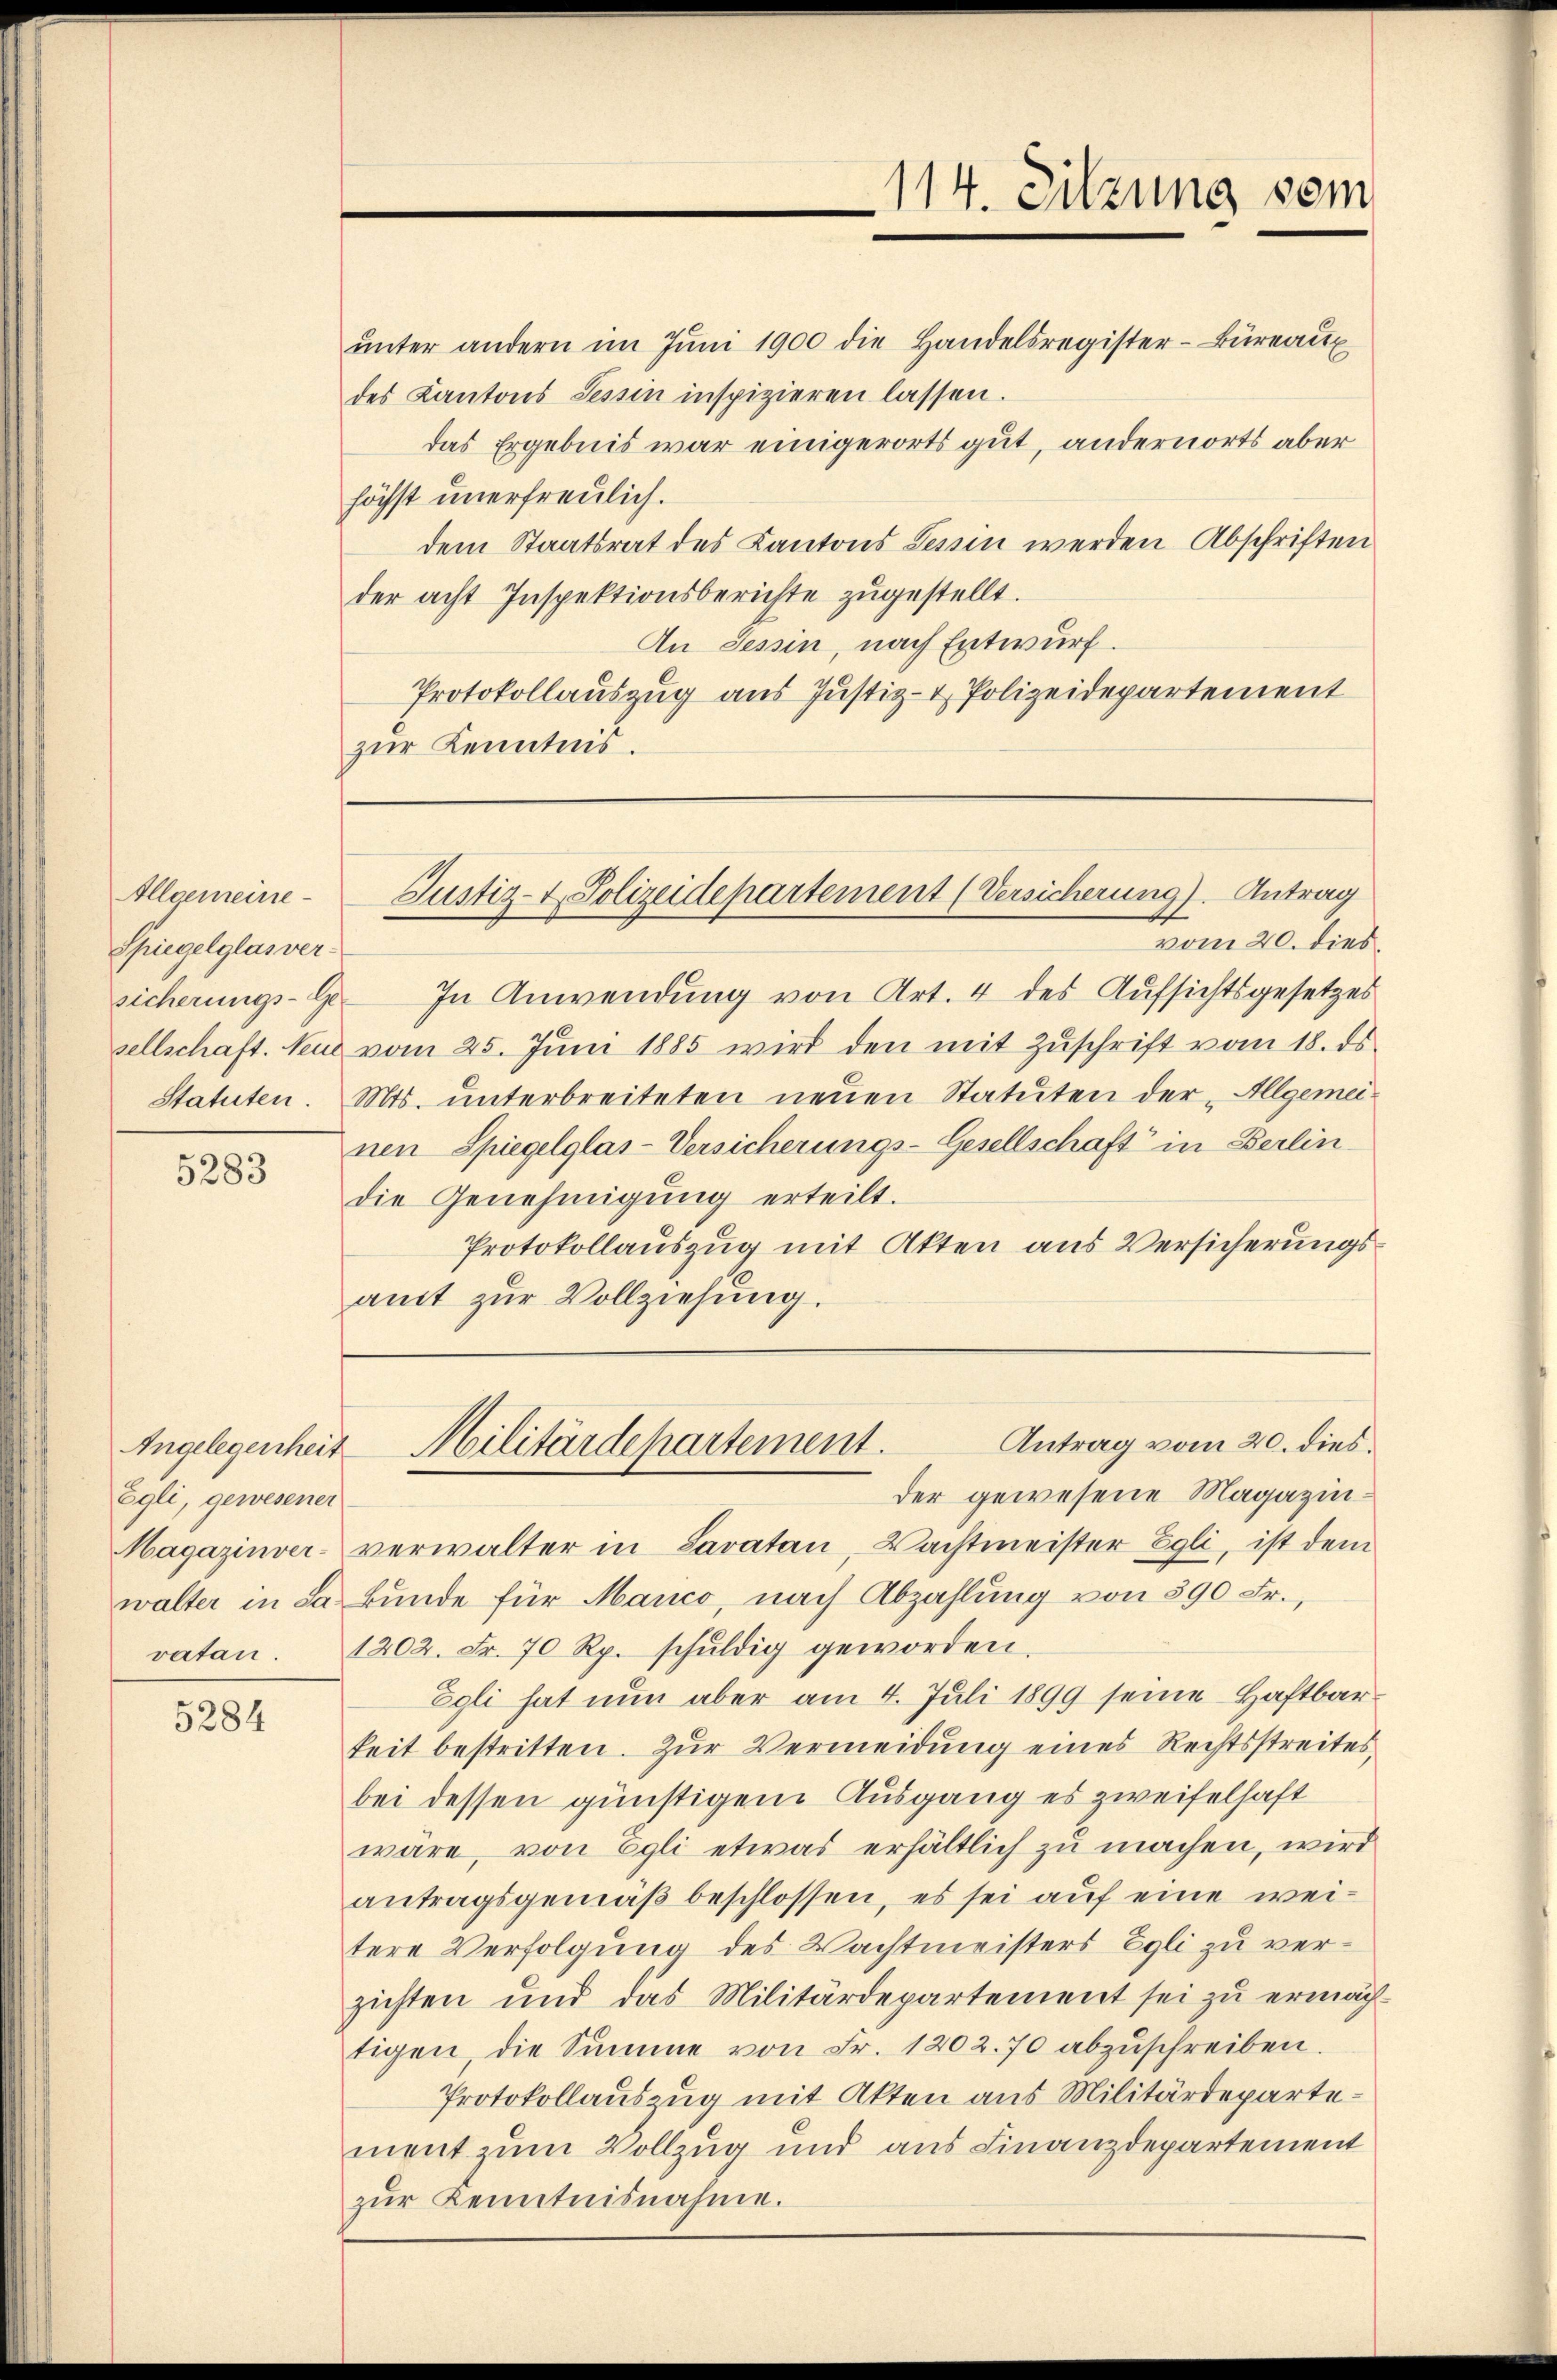
Allgemeine
Spiegelglas ver
Statuten.

5283

Angelegenheit
Egli, gewesener
vatan.

5284

vom 20. dies
sicherungs-G. In Anwendung von Art. 4 des Aufsichtsgesetzes
sellschaft. Neue vom 25. Jŭni 1885 wird den mit Zŭschrift vom 18. ds.
Mts. unterbreiteten neŭen Statuten der „Allgemeinen Spiegelglas-Versicherungs-Gesellschaft in Berlin
die Genehmigung erteilt.
Protokollauszug mit Akten aus Versicherungsamt zur Vollziehung.

114. Sitzung vom

ŭnter andern im Jŭni 1900 die Handelsregister-Büreaux
des Kantons Tessin inspizieren lassen.
das Ergebnis war einigerorts gut, andernorts aber
höchst unerfreulich.
dem Staatsrat des Kantons Tessin werden Abschriften
der acht Inspektionsberichte zugestellt.
An Tessin, nach Entwurf.
Protokollauszug aus Justiz- & Polizeidepartement
zur Kenntnis.

Justiz- & Polizeidepartement (Versicherung). Antrag

Antrag vom 20. dies
Militärdepartement.
der gewesene Magazin¬

Magazinver- verwalter in Savatan, Wachtmeister Egli, ist dem
walter in da bunde für Manco, nach Abzahlung von 390 Fr.,
1202. Fr. 70 Rp. schŭldig geworden.
Egli hat nun aber am 4. Juli 1899 seine Haftbarkeit bestritten. Zur Vermeidung eines Rechtsstreites
bei dessen günstigem Ausgang es zweifelhaft
wäre, von Egli etwas erhältlich zu machen, wird
antragsgemäß beschlossen, es sei auf eine weitere Verfolgung des Wachtmeisters Egli zu verzichten und das Militärdepartement sei zu ermächtigen die Summe von Fr. 1202. 70 abzŭschreiben.
Protokollauszug mit Akten aus Militärdepartement zum Vollzug und aus Finanzdepartement
zŭr Kenntnisnahme.